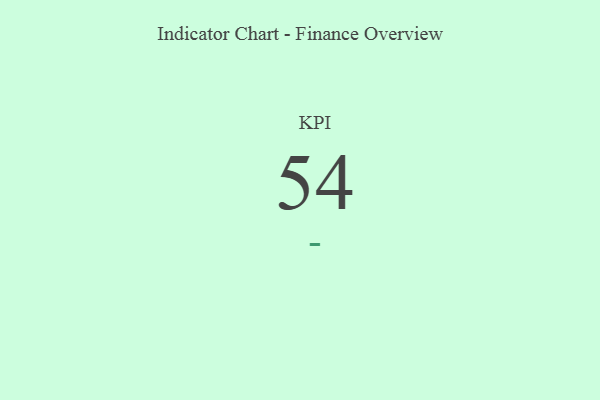
{"axis": {"x": "KPI", "y": "Value"}, "legend": [""], "data": [{"x": "KPI", "y": 54, "type": ""}]}